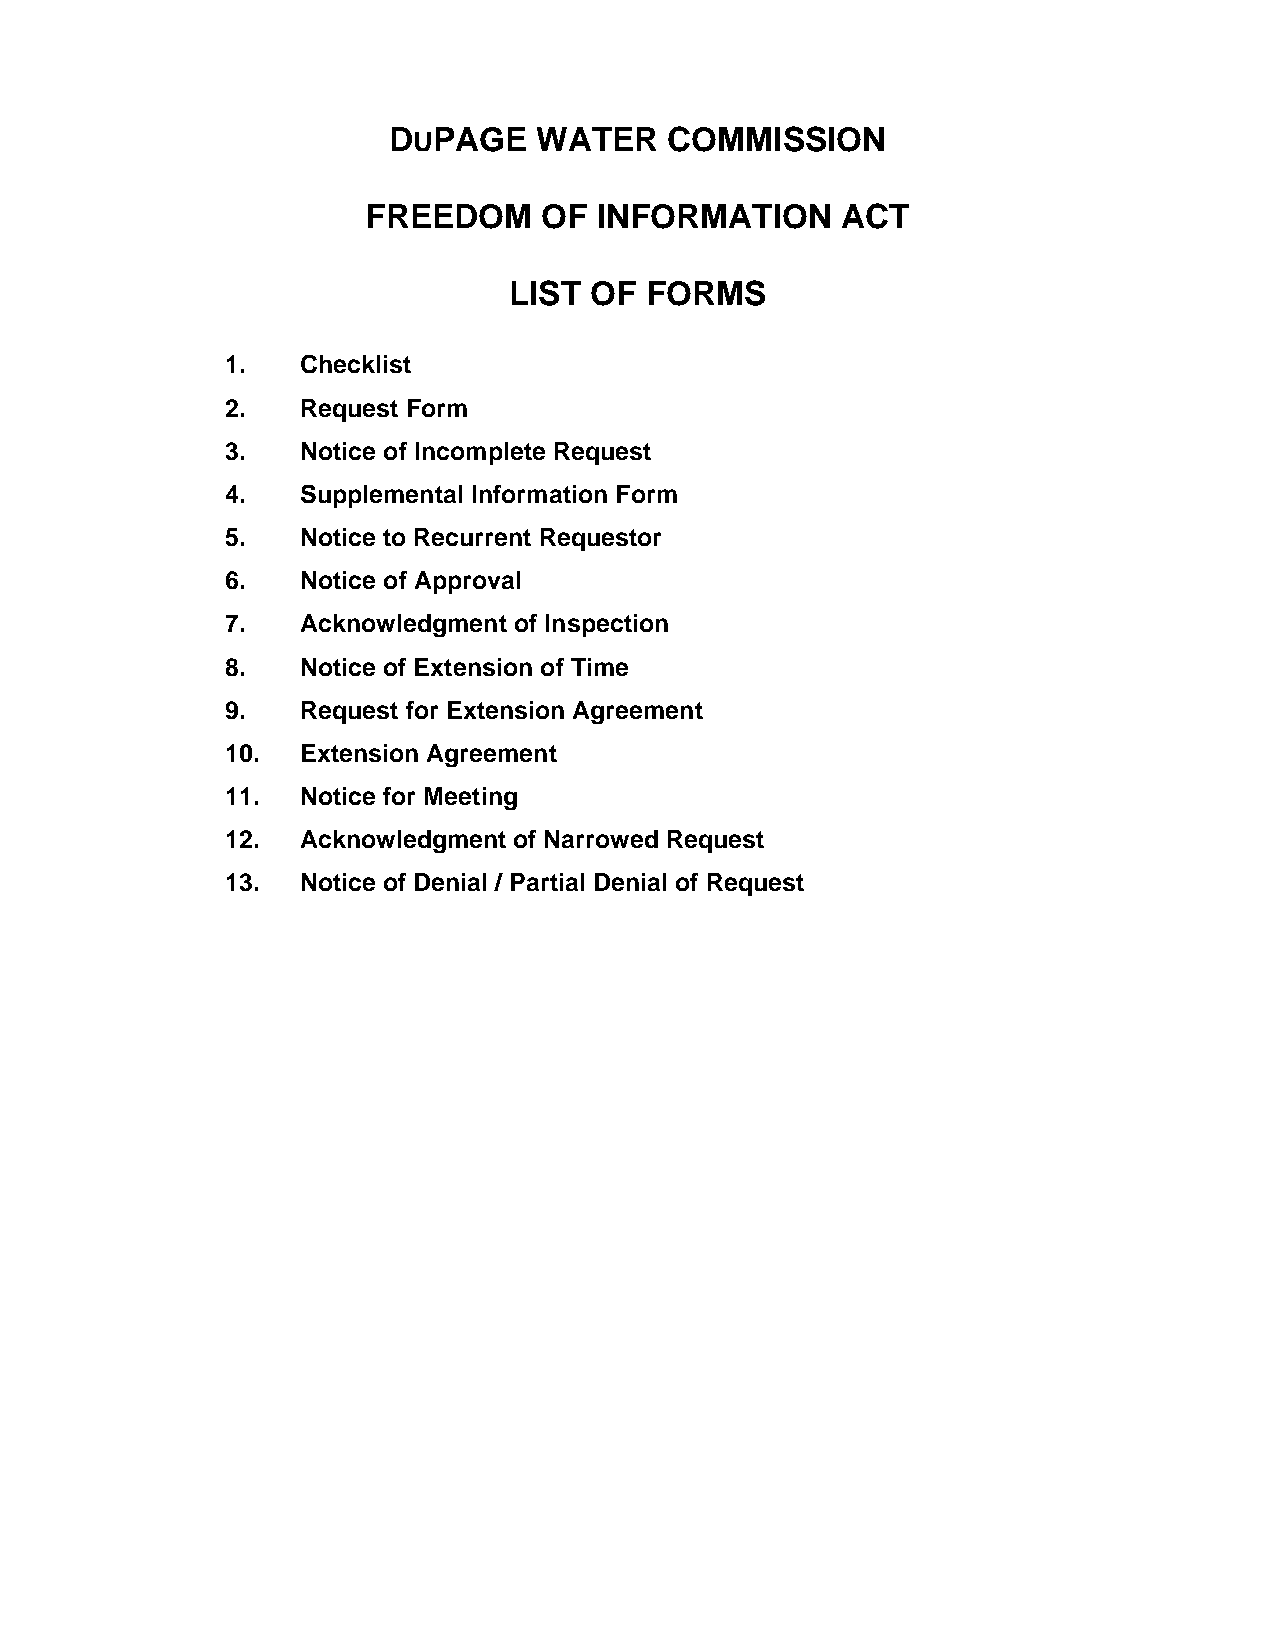
DUPAGE    WATER   COMMISSION
 FREEDOM     OF  INFORMATION     ACT
 LIST OF  FORMS
 1.   Checklist
 2.   Request Form
 3.   Notice of Incomplete Request
 4.   Supplemental Information Form
 5.   Notice to Recurrent Requestor
 6.   Notice of Approval
 7.   Acknowledgment of Inspection
 8.   Notice of Extension of Time
 9.   Request for Extension Agreement
 10.  Extension Agreement
 11.  Notice for Meeting
 12.  Acknowledgment of Narrowed Request
 13.  Notice of Denial / Partial Denial of Request